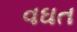
વઘત